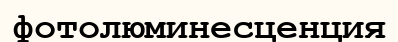
фотолюминесценция